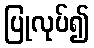
ပြုလုပ်၍